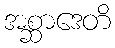
အစ္ဆာဒေတိ